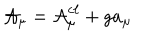
LaTeX: { \cal A } _ { \mu } = { \cal A } _ { \mu } ^ { c \ell } + g a _ { \mu }